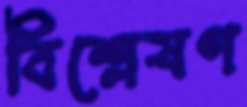
বিশ্লেষণ